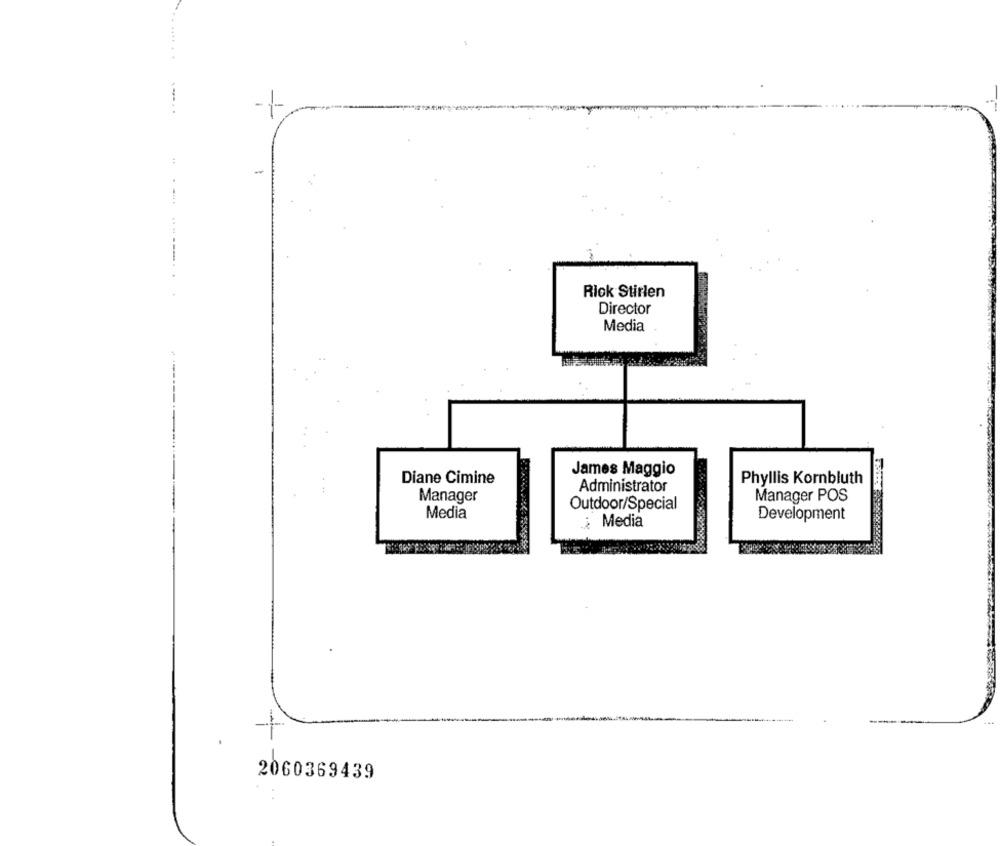
---..
.-----..
Rick Stirlen
Director
Media
-----
James Maggio
Diane Cimine
Phyllis Kornbluth
Administrator
Manager
Manager POS
Outdoor/Special
Media
Development
¿ Media
2060369439